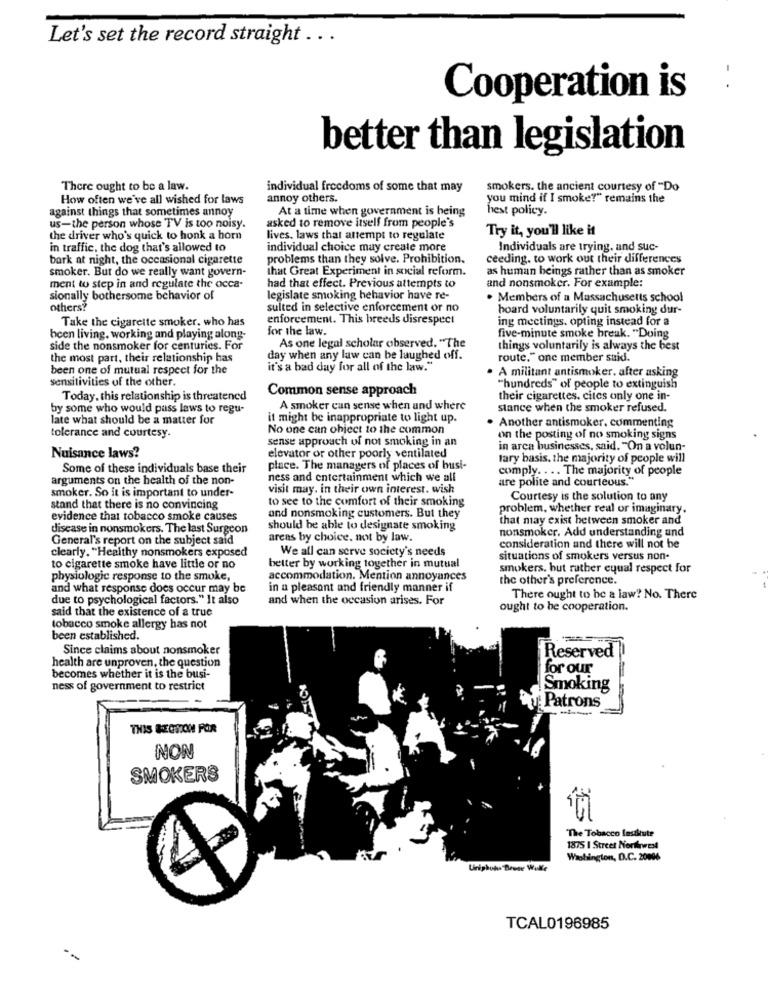
Let's set the record straight .. .
:
Cooperation is
better than legislation
There ought to be a law.
individual freedoms of some that may
smokers. the ancient courtesy of "Do
How often we've all wished for laws
annoy others.
you mind if I smoke?" remains the
against things that sometimes annoy
At a time when government is being
hest policy.
asked to remove itself from people's
us-the person whose TV is too noisy.
Try it, you'll like it
the driver who's quick to honk a horn
lives, laws that attempt to regulate
in traffic, the dog that's allowed to
individual choice may create more
Individuals are trying, and suc-
bark at night, the occasional cigarette
problems than they solve. Prohibition.
ceeding. to work out their differences
smoker. But do we really want govern-
that Great Experiment in social reform.
as human beings rather than as smoker
ment to step in and regulate the occa-
had that effect. Previous attempts to
and nonsmoker. For example:
sionally bothersome behavior of
legislate smoking behavior have re-
. Members of a Massachusetts school
others?
sulted in selective enforcement or no
board voluntarily quit smoking dur-
Take the cigarette smoker. who has
enforcement. This breeds disrespect
ing meetings. opting instead for a
for the law.
been living. working and playing along-
five-minute smoke break. "Doing
side the nonsmoker for centuries. For
As one legal scholar observed. "The
things voluntarily is always the best
the most part, their relationship has
day when any law can be laughed off.
route." one member said.
been one of mutual respect for the
it's a bad day for all of the law."
· A militant antismoker. after asking
sensitivities of the other.
Common sense approach
"hundreds" of people to extinguish
Today, this relationship is threatened
their cigarettes. cites only one in-
by some who would pass laws to regu-
A smoker can sense when and where
stance when the smoker refused.
late what should be a matter for
it might be inappropriate to light up.
Another antismoker, commenting
No one can object to the common
tolerance and courtesy.
sense approach of not smoking in an
on the posting of no smoking signs
in arca businesses, said. "On a volun-
Nuisance laws?
elevator or other poorly ventilated
tary basis. the majority of people will
Some of these individuals base their
place. The managers of places of busi-
comply. . .. The majority of people
arguments on the health of the non-
ness and entertainment which we all
are polite and courteous."
smoker. So it is important to under-
visit may. in their own interest. wish
to see to the comfort of their smoking
Courtesy is the solution to any
stand that there is no convincing
problem, whether real or imaginary.
evidence that tobacco smoke causes
and nonsmoking customers. But they
that may exist between smoker and
disease in nonsmokers. The last Surgeon
should be able to designate smoking
nonsmoker, Add understanding and
General's report on the subject said
arens by choice, not by law.
clearly. "Healthy nonsmokers exposed
We all can serve society's needs
consideration and there will not be
situations of smokers versus non-
to cigarette smoke have little or no
better by working together in mutual
smokers, but rather equal respect for
physiologic response to the smoke,
accommodation. Mention annoyances
the other's preference.
and what response does occur may be
in a pleasant and friendly manner if
due to psychological factors." It also
and when the occasion arises. For
There ought to be a law? No. There
said that the existence of a true
ought to be cooperation.
tobacco smoke allergy has not
been established.
Since claims about nonsmoker
health are unproven, the question
Reserved
for our
becomes whether it is the busi-
ness of government to restrict
Smoking
Patrons
THIS SECTION FOR
NON
SMOKERS
The Tobacco Institute
1875 I Street Northwest
Washington, D.C. 20096
Uriphuha Bouse Walle
TCAL0196985